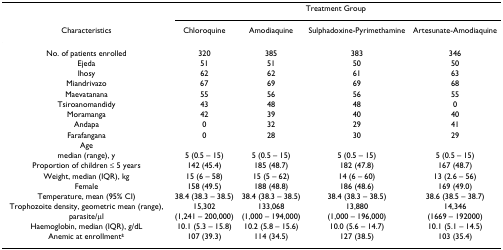
<table><thead><tr><td></td><td colspan="4"><b>Treatment Group</b></td></tr><tr><td><b>Characteristics</b></td><td><b>Chloroquine</b></td><td><b>Amodiaquine</b></td><td><b>Sulphadoxine-Pyrimethamine</b></td><td><b>Artesunate-Amodiaquine</b></td></tr></thead><tbody><tr><td>No. of patients enrolled</td><td>320</td><td>385</td><td>383</td><td>346</td></tr><tr><td>Ejeda</td><td>51</td><td>51</td><td>50</td><td>50</td></tr><tr><td>Ihosy</td><td>62</td><td>62</td><td>61</td><td>63</td></tr><tr><td>Miandrivazo</td><td>67</td><td>69</td><td>69</td><td>68</td></tr><tr><td>Maevatanana</td><td>55</td><td>56</td><td>56</td><td>55</td></tr><tr><td>Tsiroanomandidy</td><td>43</td><td>48</td><td>48</td><td>0</td></tr><tr><td>Moramanga</td><td>42</td><td>39</td><td>40</td><td>40</td></tr><tr><td>Andapa</td><td>0</td><td>32</td><td>29</td><td>41</td></tr><tr><td>Farafangana</td><td>0</td><td>28</td><td>30</td><td>29</td></tr><tr><td>Age</td><td></td><td></td><td></td><td></td></tr><tr><td>median (range), y</td><td>5 (0.5 – 15)</td><td>5 (0.5 – 15)</td><td>5 (0.5 – 15)</td><td>5 (0.5 – 15)</td></tr><tr><td>Proportion of children ≤ 5 years</td><td>142 (45.4)</td><td>185 (48.7)</td><td>182 (47.8)</td><td>167 (48.7)</td></tr><tr><td>Weight, median (IQR), kg</td><td>15 (6 – 58)</td><td>15 (5 – 62)</td><td>14 (6 – 60)</td><td>13 (2.6 – 56)</td></tr><tr><td>Female</td><td>158 (49.5)</td><td>188 (48.8)</td><td>186 (48.6)</td><td>169 (49.0)</td></tr><tr><td>Temperature, mean (95% CI)</td><td>38.4 (38.3 – 38.5)</td><td>38.4 (38.3 – 38.5)</td><td>38.4 (38.3 – 38.5)</td><td>38.6 (38.5 – 38.7)</td></tr><tr><td>Trophozoite density, geometric mean (range), parasite/μl</td><td>15,302(1,241 – 200,000)</td><td>133,068(1,000 – 194,000)</td><td>13,880(1,000 – 196,000)</td><td>14,346(1669 – 192000)</td></tr><tr><td>Haemoglobin, median (IQR), g/dL</td><td>10.1 (5.3 – 15.8)</td><td>10.2 (5.8 – 15.6)</td><td>10.0 (5.6 – 14.7)</td><td>10.1 (5.1 – 14.5)</td></tr><tr><td>Anemic at enrollment<sup>±</sup></td><td>107 (39.3)</td><td>114 (34.5)</td><td>127 (38.5)</td><td>103 (35.4)</td></tr></tbody></table>